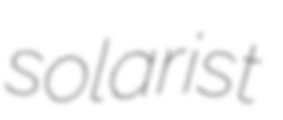
solarist